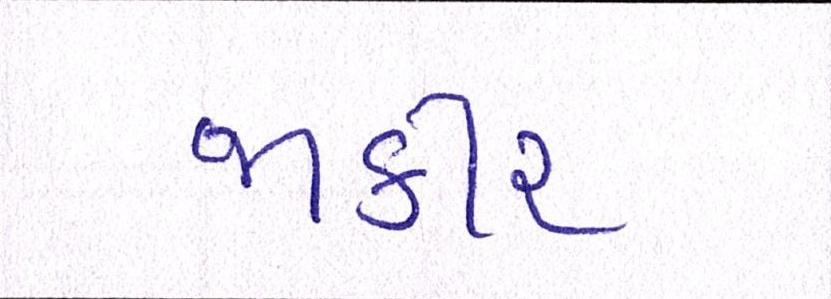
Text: જાકીર